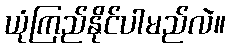
ယုံကြည်နိုင်ပါမည်လဲ။